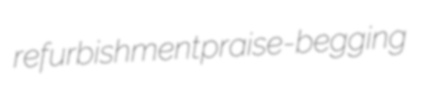
refurbishment praise-begging